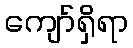
ကျော်ရှိရာ